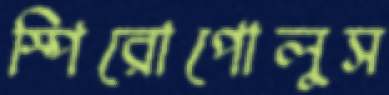
স্পিরোপোলুস